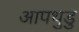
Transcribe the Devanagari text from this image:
आपथुडु